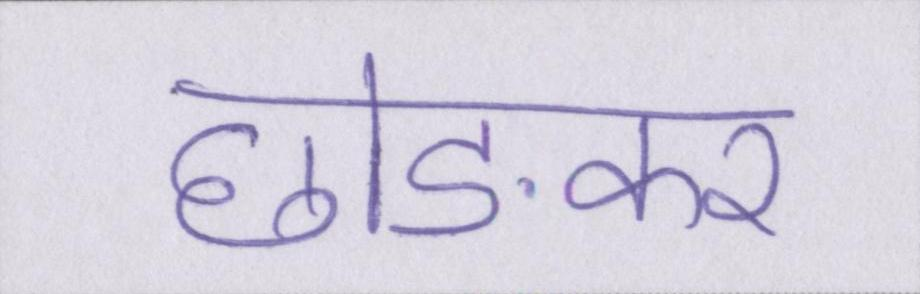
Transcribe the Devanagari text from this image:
छोङकर